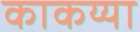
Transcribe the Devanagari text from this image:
काकय्या